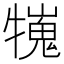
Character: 𤛲